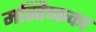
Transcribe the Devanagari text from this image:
मस्तिष्कका